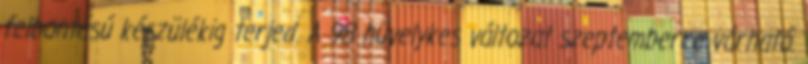
felbontású készülékig terjed. A 98 hüvelykes változat szeptemberre várható.